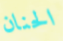
الحنان